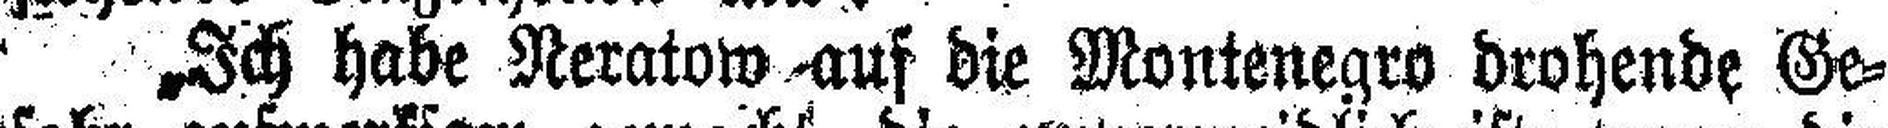
„Ich habe Neratow auf die Montenegro drohende Ge¬